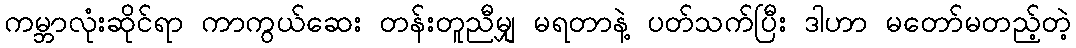
ကမ္ဘာလုံးဆိုင်ရာ ကာကွယ်ဆေး တန်းတူညီမျှ မရတာနဲ့ ပတ်သက်ပြီး ဒါဟာ မတော်မတည့်တဲ့